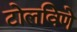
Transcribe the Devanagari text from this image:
टोलविणे